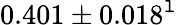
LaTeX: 0.401\pm0.018^{\mathtt{l}}